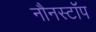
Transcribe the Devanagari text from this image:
नौनस्टॉप